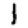
Digit: 1